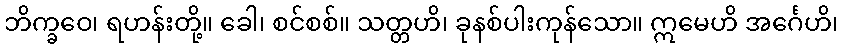
ဘိက္ခဝေ၊ ရဟန်းတို့။ ခေါ၊ စင်စစ်။ သတ္တဟိ၊ ခုနစ်ပါးကုန်သော။ ဣမေဟိ အင်္ဂေဟိ၊